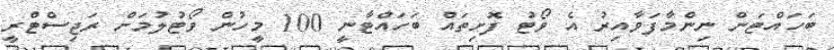
ބަހައްޓަން ނިންމާފަވާއިރު އެ ވޯޓު ފޮށިތައް ބަހައްޓާނީ 100 މީހުން ވޯޓުލުމަށް ރަޖިސްޓްރީ